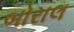
બોરાલ